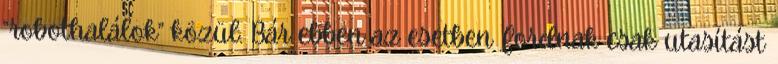
“robothalálok” közül. Bár ebben az esetben Fordnak csak utasítást